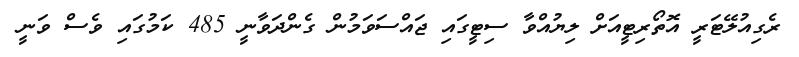
ރެގިއުލޭޓަރީ އޮތޯރިޓީއަށް ލިޔުއްވާ ސިޓީގައި ޖައްސަވަމުން ގެންދަވާނީ 485 ކަމުގައި ވެސް ވަނީ